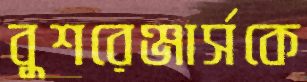
বুশরেঞ্জার্সকে